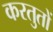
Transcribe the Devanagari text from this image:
करतुतों